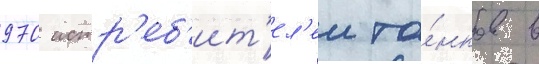
970 истр'еб'ит'ел'еи та́нков в